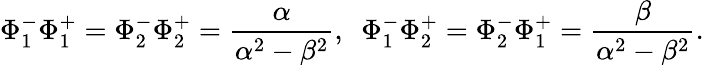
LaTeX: \Phi_{1}^{-}\Phi_{1}^{+}=\Phi_{2}^{-}\Phi_{2}^{+}=\frac{\alpha}{\alpha^{2}-\beta^{2}},~~\Phi_{1}^{-}\Phi_{2}^{+}=\Phi_{2}^{-}\Phi_{1}^{+}=\frac{\beta}{\alpha^{2}-\beta^{2}}.